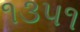
૧૩૫૧